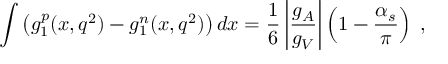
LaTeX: \int \left( { { g _ { 1 } ^ { p } } ( x , q ^ { 2 } ) - g _ { 1 } ^ { n } ( x , q ^ { 2 } ) } \right) d x = \frac { 1 } { 6 } \left| { \frac { g _ { A } } { g _ { V } } } \right| \left( { 1 - \frac { \alpha _ { s } } { \pi } } \right) \; ,